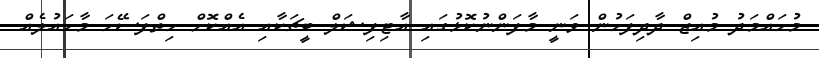
މުހައްމަދު މުއިޒް ދާދިފަހުން ވަނީ މާފަންނުކޮޅުގައި އާޓިފިޝަލް ބީޗަކާއި އެއްކޮށް ހިތްފަސޭހަ މާހައުލެއް